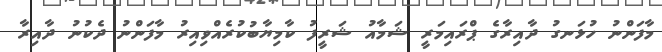
މާފަންނު ހުޅަނގު ދާއިރާގެ ޕްރައިމަރީ ޝަމާއު ޝަރީފު ކާމިޔާބުކުރެއްވިއިރު މާފަންނު ދެކުނު ދާއިރާ